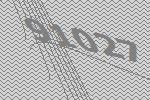
91027